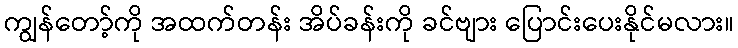
ကျွန်တော့်ကို အထက်တန်း အိပ်ခန်းကို ခင်ဗျား ပြောင်းပေးနိုင်မလား။